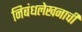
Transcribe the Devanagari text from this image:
निबंधलेखनाची